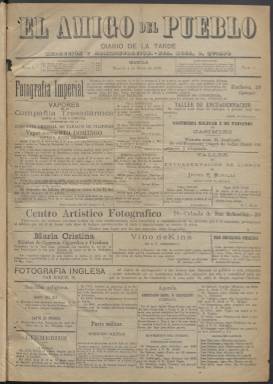
Título: El Amigo del pueblo (Manila)
Colección: Periódicos
Ámbito geográfico: Filipinas
Lugar de publicación: Manila
Fechas: 04/07/1893-16/03/1895